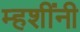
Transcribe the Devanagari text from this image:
म्हशींनी